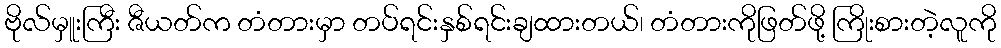
ဗိုလ်မှူးကြီး ဇီယတ်က တံတားမှာ တပ်ရင်းနှစ်ရင်းချထားတယ်၊ တံတားကိုဖြတ်ဖို့ ကြိုးစားတဲ့လူကို